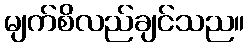
မျက်စိလည်ချင်သည။